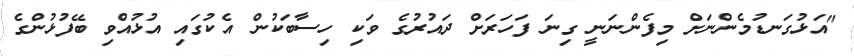
"އަޅުގަނޑުމެންނަށް މިފެންނަނީ ގިނަ ފަހަރަށް ދައުރުގެ ވަކި ހިސާބަކުން އެކުގައި އުޅުއްވި ބޭފުޅުންގެ